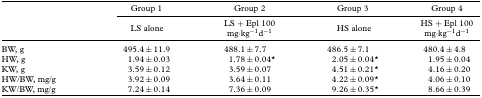
|  | Group 1 | Group 2 | Group 3 | Group 4 |
 |  | LS alone | LS + Epl 100 mg·kg−1d−1 | HS alone | HS + Epl 100 mg·kg−1d−1 |
 | --- | --- | --- | --- | --- |
 | BW,g | 495.4±11.9 | 488.1 ±7.7 | 486.5±7.1 | 480.4 ±4.8 |
 | HW,g | 1.94 ±0.03 | 1.78±0.04* | 2.05 ±0.04* | 1.95±0.04 |
 | KW,g | 3.59±0.12 | 3.59 ±0.07 | 4.51 ±0.21* | 4.16±0.20 |
 | HW/BW, mg/g | 3.92±0.09 | 3.64±0.11 | 4.22 ±0.09* | 4.06±0.10 |
 | KW/BW, mg/g | 7.24±0.14 | 7.36 ±0.09 | 9.26 ±0.35* | 8.66 ±0.39 |